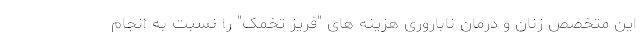
این متخصص زنان و درمان ناباروری هزینه های "فریز تخمک" را نسبت به انجام